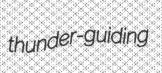
thunder-guiding